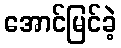
အောင်မြင်ခဲ့